Insane asylums in Bengal annual reports 1867-1875 - 1867-1875
Year: 1867
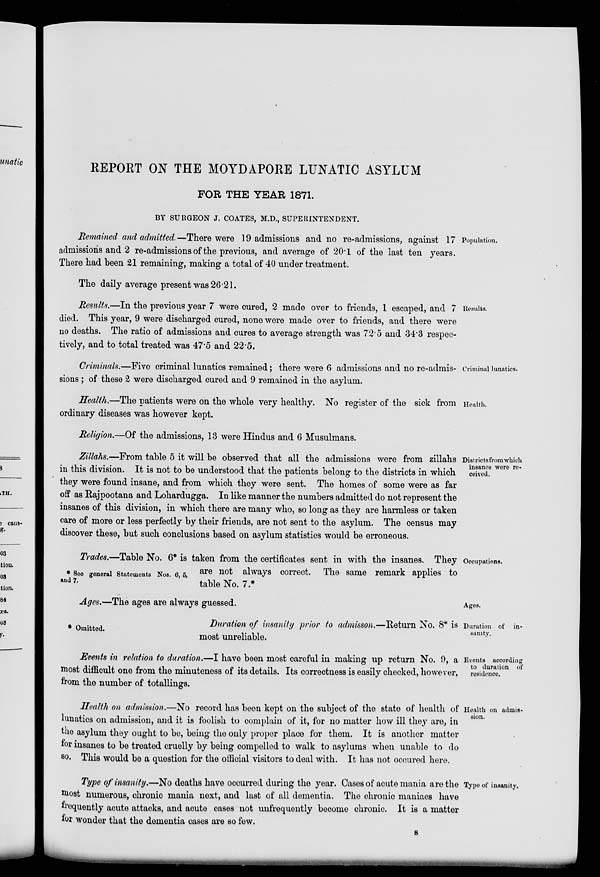
REPORT ON THE MOYDAPORE LUNATIC ASYLUM
FOR THE YEAR 1871.
BY SURGEON J. COATES, M.D., SUPERINTENDENT.
Population.
Remained and admitted.—There were 19 admissions and no re-admissions, against 17
admissions and 2 re-admissions of the previous, and average of 20.1 of the last ten years.
There had been 21 remaining, making a total of 40 under treatment.
The daily average present was 26.21.
Results.
Results.—In the previous year 7 were cured, 2 made over to friends, 1 escaped, and 7
died. This year, 9 were discharged cured, none were made over to friends, and there were
no deaths. The ratio of admissions and cures to average strength was 72.5 and 34.3 respec-
tively, and to total treated was 47.5 and 22.5.
Criminal lunatics.
Criminals.—Five criminal lunatics remained; there were 6 admissions and no re-admis-
sions ; of these 2 were discharged cured and 9 remained in the asylum.
Health.
Health.—The patients were on the whole very healthy. No register of the sick from
ordinary diseases was however kept.
Religion.—Of the admissions, 13 were Hindus and 6 Musulmans.
Districts from which
insanes were re-
ceived.
Zillahs.—From table 5 it will be observed that all the admissions were from zillahs
in this division. It is not to be understood that the patients belong to the districts in which
they were found insane, and from which they were sent. The homes of some were as far
off as Rajpootana and Lohardugga. In like manner the numbers admitted do not represent the
insanes of this division, in which there are many who, so long as they are harmless or taken
care of more or less perfectly by their friends, are not sent to the asylum. The census may
discover these, but such conclusions based on asylum statistics would be erroneous.
Occupations.
* See general Statements Nos. 6, 5,
and 7.
Trades.—Table No. 6* is taken from the certificates sent in with the insanes. They
are not always correct. The same remark applies to
table No. 7.*
Ages.
Ages.—The ages are always guessed.
Duration of in-
sanity.
* Omitted.
Duration of insanity prior to admisson.—Return No. 8* is
most unreliable.
Events according
to duration of
residence.
Events in relation to duration.—I have been most careful in making up return No. 9, a
most difficult one from the minuteness of its details. Its correctness is easily checked, however,
from the number of totallings.
Health on admis-
sion.
Health on admission.—No record has been kept on the subject of the state of health of
lunatics on admission, and it is foolish to complain of it, for no matter how ill they are, in
the asylum they ought to be, being the only proper place for them. It is another matter
for insanes to be treated cruelly by being compelled to walk to asylums when unable to do
so. This would be a question for the official visitors to deal with. It has not occured here.
Type of insanity.
Type of insanity.—No deaths have occurred during the year. Cases of acute mania are the
most numerous, chronic mania next, and last of all dementia. The chronic maniacs have
frequently acute attacks, and acute cases not unfrequently become chronic. It is a matter
for wonder that the dementia cases are so few.
S